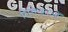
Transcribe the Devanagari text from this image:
रिक्तिकाओं